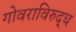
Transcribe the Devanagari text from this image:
गोवराविरुद्ध